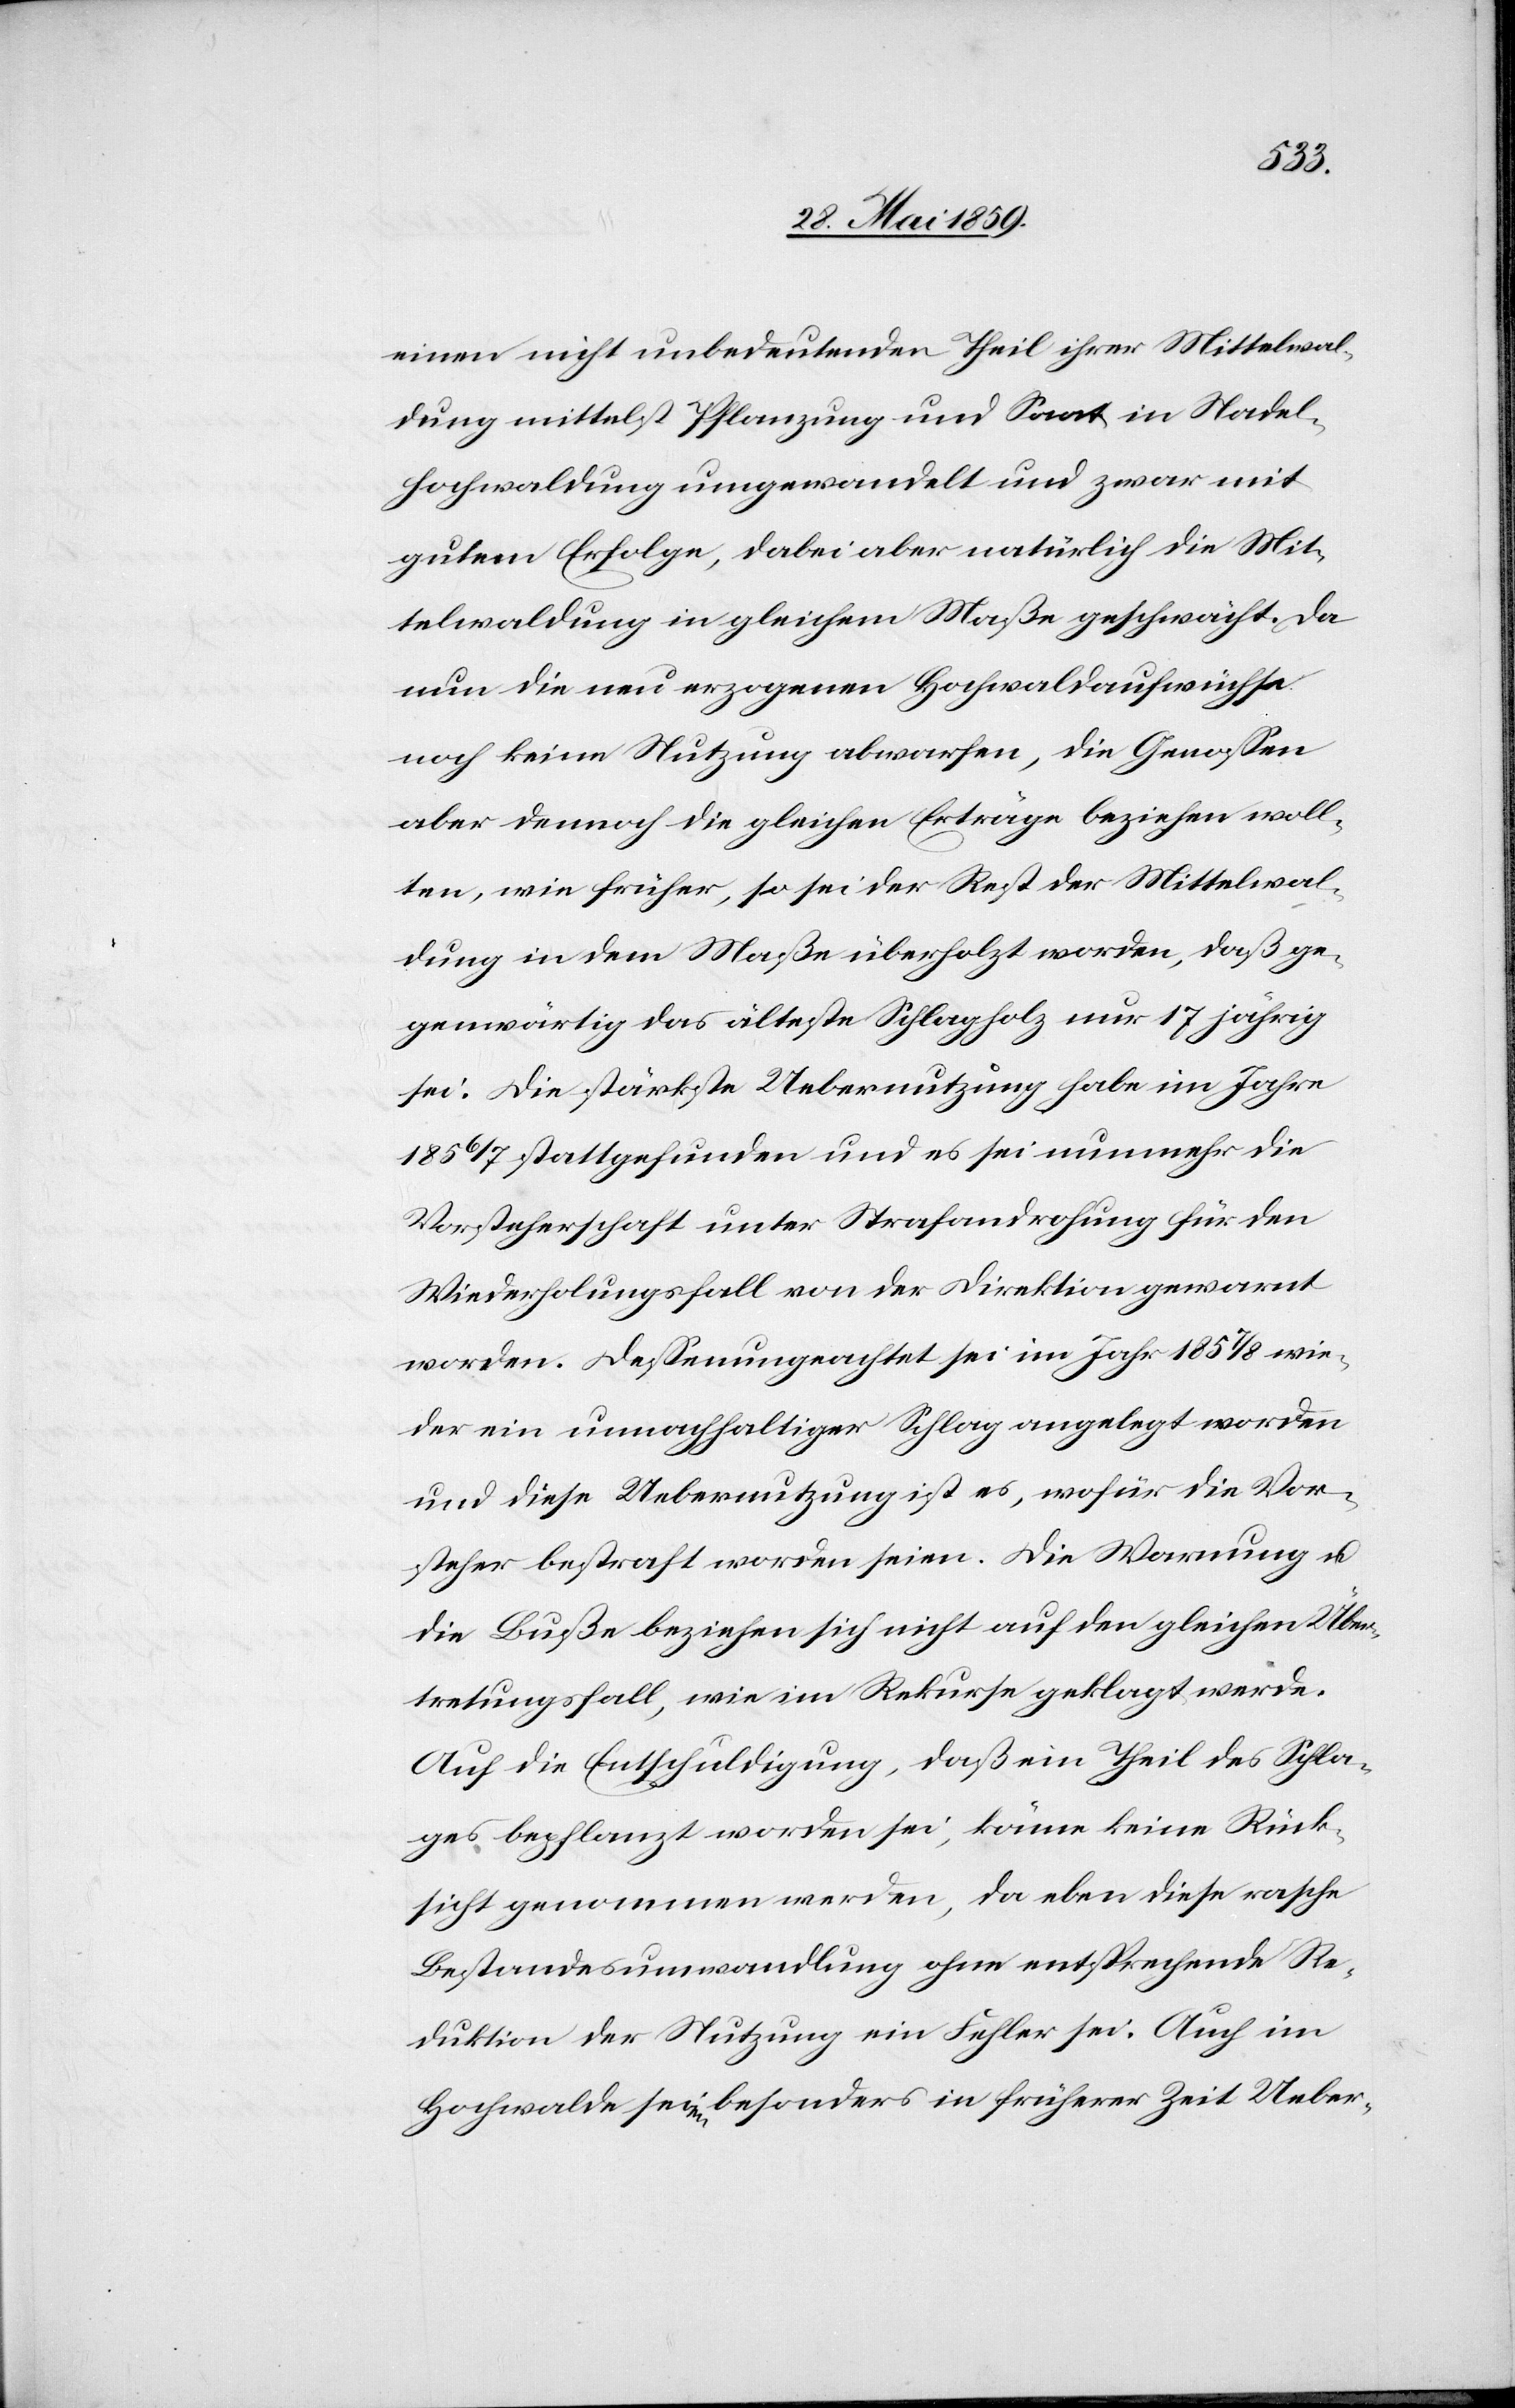
einen nicht unbedeutenden Theil ihrer Mittelwal¬
dung mittelst Pflanzung und Saat in Nadel¬
hochwaldung umgewandelt und zwar mit
gutem Erfolge, dabei aber natürlich die Mit¬
telwaldung in gleichem Maße geschwächt. Da
nun die neu erzogenen Hochwaldaufwüchse
noch keine Nutzung abwarfen, die Genossen
aber dennoch die gleichen Erträge beziehen woll¬
ten, wie früher, so sei der Rest der Mittelwal¬
dung in dem Maße überholzt worden, daß ge¬
genwärtig das älteste Schlagholz nur 17 jährig
sei. Die stärkste Uebernutzung habe im Jahre
1856/7 stattgefunden und es sei nunmehr die
Vorsteherschaft unter Strafandrohung für den
Wiederholungsfall von der Direktion gewarnt
worden. Dessen ungeachtet sei im Jahr 1857/8 wie¬
der ein unnachhaltiger Schlag angelegt worden
und diese Uebernutzung ist es, wofür die Vor¬
steher bestraft worden seien. Die Warnung u.
die Buße beziehen sich nicht auf den gleichen Über¬
tretungsfall, wie im Rekurse geklagt werde.
Auf die Entschuldigung, daß ein Theil des Schla¬
ges bepflanzt worden sei, könne keine Rück¬
sicht genommen werden, da eben diese rasche
Bestandesumwandlung ohne entsprechende Re¬
duktion der Nutzung ein Fehler sei. Auch im
Hochwalde seien besonders in früherer Zeit Ueber-